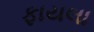
ફાયલા